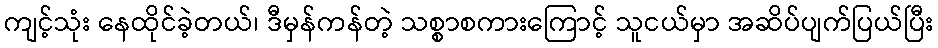
ကျင့်သုံး နေထိုင်ခဲ့တယ်၊ ဒီမှန်ကန်တဲ့ သစ္စာစကားကြောင့် သူငယ်မှာ အဆိပ်ပျက်ပြယ်ပြီး